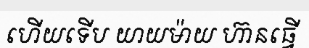
ហើយទើប យាយម៉ាយ ហ៊ានធ្វើ